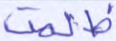
ظلمت